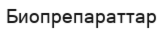
Биопрепараттар